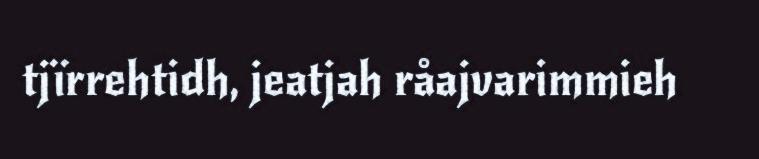
tjïrrehtidh, jeatjah råajvarimmieh